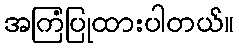
အကြံပြုထားပါတယ်။